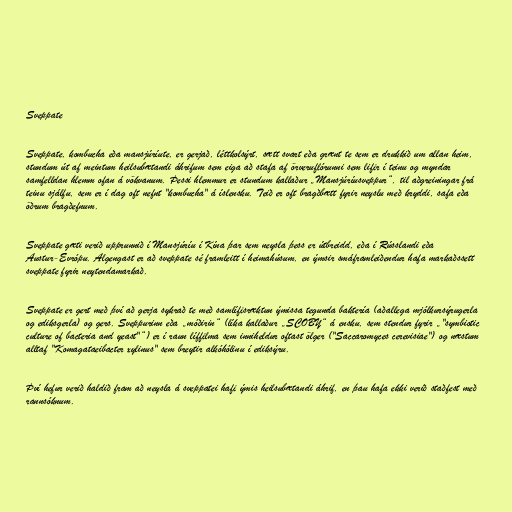
Sveppate

Sveppate, kombucha eða mansjúríute, er gerjað, léttkolsýrt, sætt svart eða grænt te sem er drukkið um allan heim,
stundum út af meintum heilsubætandi áhrifum sem eiga að stafa af örveruflórunni sem lifir í teinu og myndar
samfelldan hlemm ofan á vökvanum. Þessi hlemmur er stundum kallaður „Mansjúríusveppur“, til aðgreiningar frá
teinu sjálfu, sem er í dag oft nefnt "kombucha" á íslensku. Teið er oft bragðbætt fyrir neyslu með kryddi, safa eða
öðrum bragðefnum.

Sveppate gæti verið upprunnið í Mansjúríu í Kína þar sem neysla þess er útbreidd, eða í Rússlandi eða
Austur-Evrópu. Algengast er að sveppate sé framleitt í heimahúsum, en ýmsir smáframleiðendur hafa markaðssett
sveppate fyrir neytendamarkað.

Sveppate er gert með því að gerja sykrað te með samlífisræktun ýmissa tegunda baktería (aðallega mjólkursýrugerla
og ediksgerla) og gers. Sveppurinn eða „móðirin“ (líka kallaður „SCOBY“ á ensku, sem stendur fyrir „"symbiotic
culture of bacteria and yeast"“) er í raun líffilma sem inniheldur oftast ölger ("Saccaromyces cerevisiae") og næstum
alltaf "Komagataeibacter xylinus" sem breytir alkóhólinu í ediksýru.

Því hefur verið haldið fram að neysla á sveppatei hafi ýmis heilsubætandi áhrif, en þau hafa ekki verið staðfest með
rannsóknum.